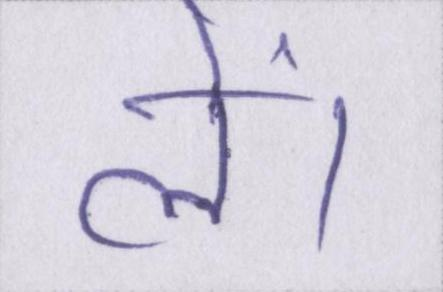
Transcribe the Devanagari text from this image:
लें।